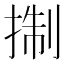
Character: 𢮓